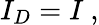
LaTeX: I_{D}=I\ ,